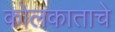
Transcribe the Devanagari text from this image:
कोलकाताचे